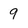
Character: 9